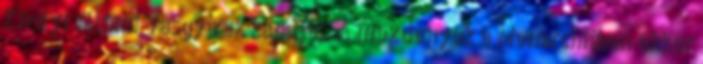
Királyi Állami Vasgyárak kapuját. A mozdonyok a Monarchiában ekkor